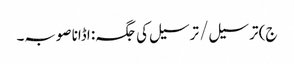
ج) ترسیل / ترسیل کی جگہ: اڈانا صوبہ۔